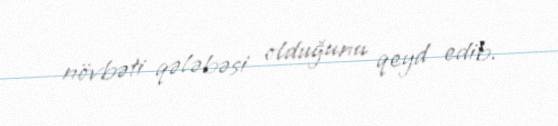
növbəti qələbəsi olduğunu qeyd edib.